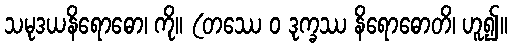
သမုဒယနိရောဓော၊ ကို။ (တဿေ ဝ ဒုက္ခဿ နိရောဓောတိ၊ ဟူ၍။